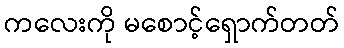
ကလေးကို မစောင့်ရှောက်တတ်